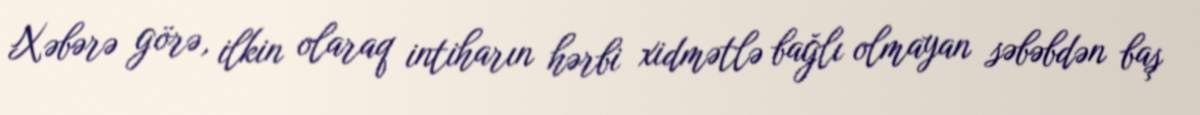
Xəbərə görə, ilkin olaraq intiharın hərbi xidmətlə bağlı olmayan səbəbdən baş